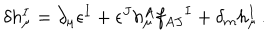
\delta h _ { \mu } ^ { I } = \partial _ { \mu } \epsilon ^ { I } + \epsilon ^ { J } h _ { \mu } ^ { A } f _ { A J } { } ^ { I } + \delta _ { m } h _ { \mu } ^ { I } \, .